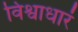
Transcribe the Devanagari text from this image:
विश्वाधारं